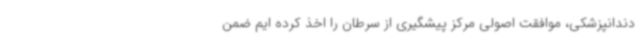
دندانپزشکی، موافقت اصولی مرکز پیشگیری از سرطان را اخذ کرده ایم ضمن